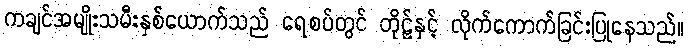
ကချင်အမျိုးသမီးနှစ်ယောက်သည် ရေစပ်တွင် တိုဠ်နှင့် လိုက်ကောက်ခြင်းပြုနေသည်။